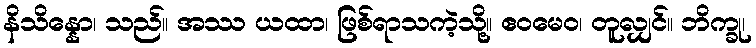
နိသိန္နော၊ သည်။ အဿ ယထာ၊ ဖြစ်ရာသကဲ့သို့။ ဧဝမေဝ၊ တူလျှင်။ ဘိက္ခု၊